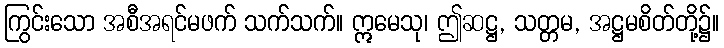
ကြွင်းသော အစီအရင်မဖက် သက်သက်။ ဣမေသု၊ ဤဆဋ္ဌ, သတ္တမ, အဋ္ဌမစိတ်တို့၌။